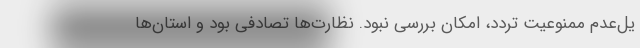
یل‌عدم ممنوعیت تردد، امکان بررسی نبود. نظارت‌ها تصادفی بود و استان‌ها